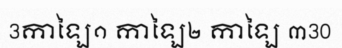
3កាឡៃ១ កាឡៃ២ កាឡៃ ៣30